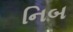
નિબ